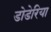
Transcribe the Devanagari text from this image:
डोडेरिया